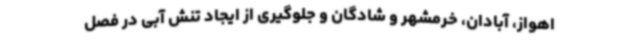
اهواز، آبادان، خرمشهر و شادگان و جلوگیری از ایجاد تنش آبی در فصل